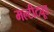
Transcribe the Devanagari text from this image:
मल्टीट्यूड